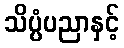
သိပ္ပံပညာနှင့်